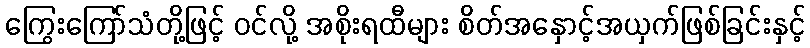
ကြွေးကြော်သံတို့ဖြင့် ဝင်လို့ အစိုးရထီများ စိတ်အနှောင့်အယှက်ဖြစ်ခြင်းနှင့်